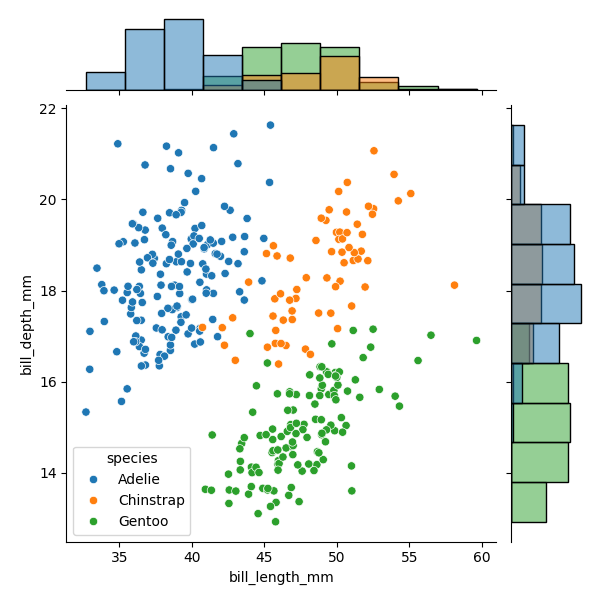
python, seaborn, JointGrid, scatterplot, histplot, hue